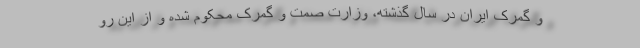
و گمرک ایران در سال گذشته، وزارت صمت و گمرک محکوم شده و از این رو